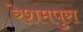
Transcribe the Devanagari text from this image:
रेशमपुरा